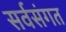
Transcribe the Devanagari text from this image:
सर्वसंगत